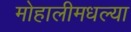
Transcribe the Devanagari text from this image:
मोहालीमधल्या